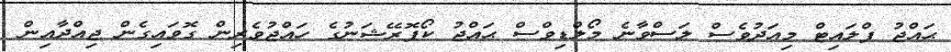
ޙައްޖު ފްލައިޓް މިއަދުވެސް ލަސްވާނެ މޯލްޑިވްސް ޙައްޖު ކޯޕޮރޭޝަނުގެ ހައްޖުވެރިން ގޮވައިގެން ޖިއްދާއިން